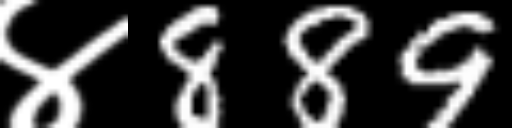
Text: ४889